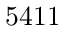
5 4 1 1